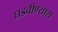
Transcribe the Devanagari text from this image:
घडवीण्यास